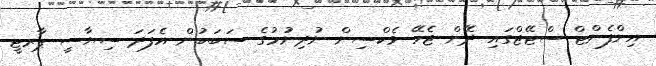
އިންފެންޓް ސްޓޭޖްގައި ދޭން ޖެހޭ ވެކްސިން ނުދިނުމުގެ ސަބަބުން އެފަދަ ސިޔާސީ ޕާރޓީ